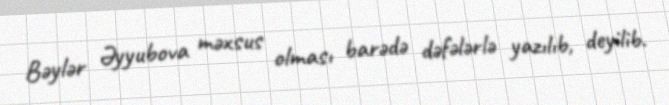
Bəylər Əyyubova məxsus olması barədə dəfələrlə yazılıb, deyilib.